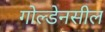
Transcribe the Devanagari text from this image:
गोल्डेनसील